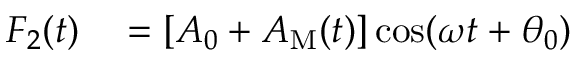
\begin{array} { r l } { F _ { 2 } ( t ) } & { { } = [ A _ { 0 } + A _ { \mathrm { M } } ( t ) ] \cos ( \omega t + \theta _ { 0 } ) } \end{array}